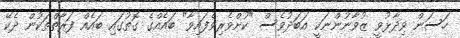
ހަސަން ވިދާޅުވީ ޒުވާނުންނަކީ އަބަދުވެސް "ކުށްވެރިވެފައިވާ" ބައެއްގެ ގޮތުގައި ބައެއް ފަރާތްތަކުން ދެކޭ